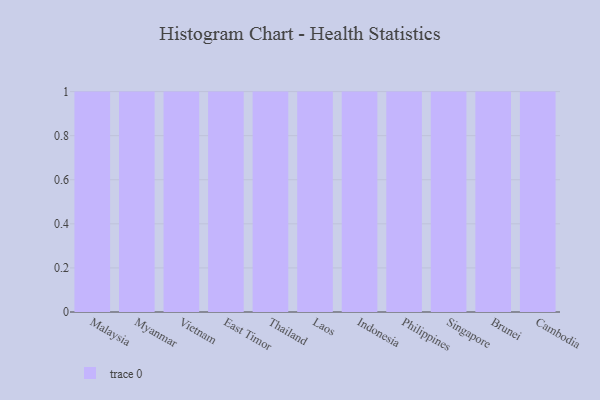
{"axis": {"x": "Country", "y": "Demand Index"}, "legend": [""], "data": [{"x": "Malaysia", "y": 16, "type": ""}, {"x": "Myanmar", "y": 29, "type": ""}, {"x": "Vietnam", "y": 38, "type": ""}, {"x": "East Timor", "y": 31, "type": ""}, {"x": "Thailand", "y": 2, "type": ""}, {"x": "Laos", "y": 62, "type": ""}, {"x": "Indonesia", "y": 42, "type": ""}, {"x": "Philippines", "y": 34, "type": ""}, {"x": "Singapore", "y": 39, "type": ""}, {"x": "Brunei", "y": 66, "type": ""}, {"x": "Cambodia", "y": 25, "type": ""}]}